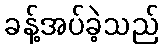
ခန့်အပ်ခဲ့သည်